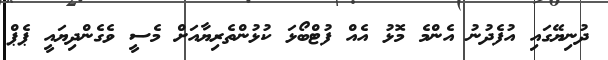
ދުނިޔޭގައި އުފެދުނު އެންމެ މޮޅު އެއް ފުޓްބޯޅަ ކުޅުންތެރިޔާއަށް މެސީ ވެގެންދިޔައީ ޕެޕް